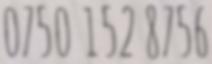
0750 152 8756